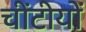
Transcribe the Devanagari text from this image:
चींटीयों